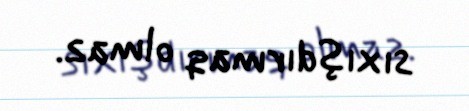
sıxışdırmaq olmaz.